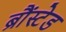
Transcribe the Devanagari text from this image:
ब्रौंस्टेड